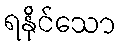
ရနိုင်သော